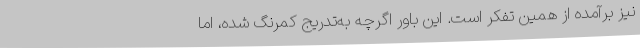
نیز برآمده از همین تفکر است. این باور اگرچه به‌تدریج کمرنگ شده، اما